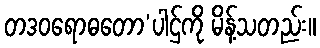
တဒဝရောဓတော’ပါဌ်ကို မိန့်သတည်း။